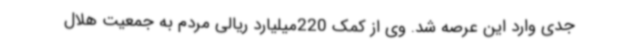
جدی وارد این عرصه شد. وی از کمک 220میلیارد ریالی مردم به جمعیت هلال